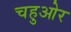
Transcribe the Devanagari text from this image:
चहुओर